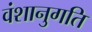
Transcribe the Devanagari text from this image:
वंशानुगति